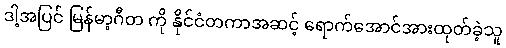
ဒါ့အပြင် မြန်မာ့ဂီတ ကို နိုင်ငံတကာအဆင့် ရောက်အောင်အားထုတ်ခဲ့သူ